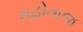
મહોતાજ